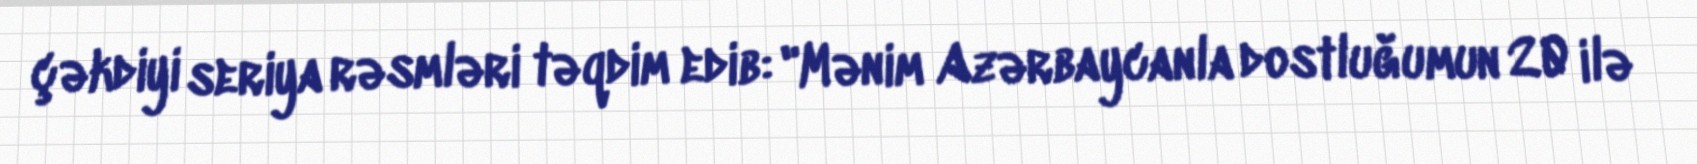
çəkdiyi seriya rəsmləri təqdim edib: "Mənim Azərbaycanla dostluğumun 20 ilə